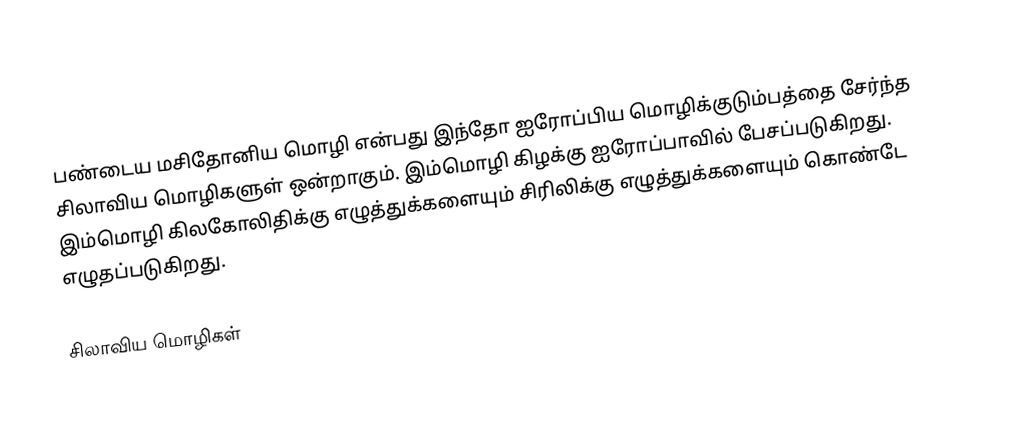
பண்டைய மசிதோனிய மொழி என்பது இந்தோ ஐரோப்பிய மொழிக்குடும்பத்தை சேர்ந்த சிலாவிய மொழிகளுள் ஒன்றாகும். இம்மொழி கிழக்கு ஐரோப்பாவில் பேசப்படுகிறது. இம்மொழி கிலகோலிதிக்கு எழுத்துக்களையும் சிரிலிக்கு எழுத்துக்களையும் கொண்டே எழுதப்படுகிறது.

சிலாவிய மொழிகள்